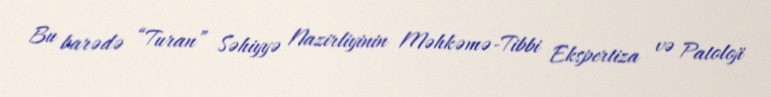
Bu barədə “Turan” Səhiyyə Nazirliyinin Məhkəmə-Tibbi Ekspertiza və Patoloji